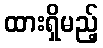
ထားရှိမည့်